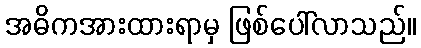
အဓိကအားထားရာမှ ဖြစ်ပေါ်လာသည်။